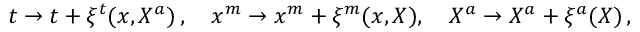
t \rightarrow t + \xi ^ { t } ( x , X ^ { a } ) \, , \quad x ^ { m } \rightarrow x ^ { m } + \xi ^ { m } ( x , X ) , \quad X ^ { a } \rightarrow X ^ { a } + \xi ^ { a } ( X ) \, ,